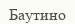
Баутино